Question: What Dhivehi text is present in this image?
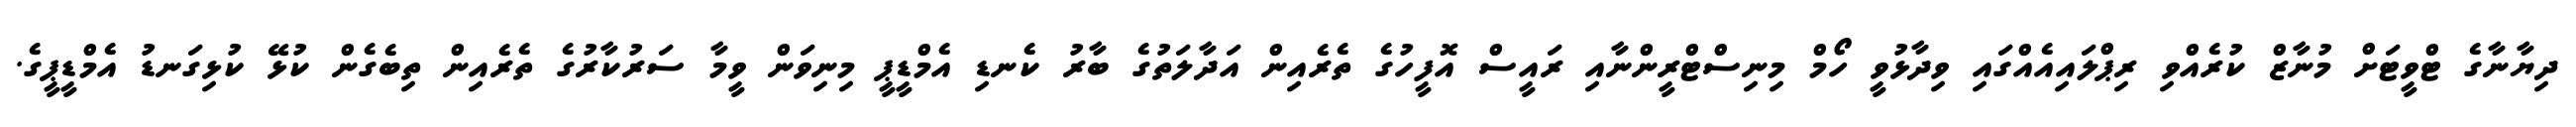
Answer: ދިޔާނާގެ ޓްވީޓަށް މުނާޒް ކުރެއްވި ރިޕްލައިއެއްގައި ވިދާޅުވީ ހޯމް މިނިސްޓްރީންނާއި ރައީސް އޮފީހުގެ ތެރެއިން އަދާލަތުގެ ބާރު ކެނޑި އެމްޑީޕީ މިނިވަން ވީމާ ސަރުކާރުގެ ތެރެއިން ތިބެގެން ކުޅޭ ކުޅިގަނޑު އެމްޑީޕީގެ.